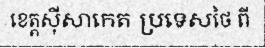
ខេត្តស៊ីសាកេត ប្រទេសថៃ ពី